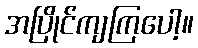
အပြိုင်ကျကြပေါ့။